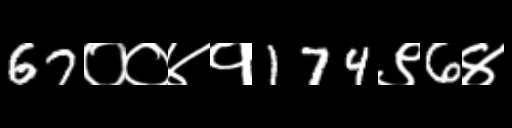
Text: 67००४१174९6४